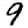
Digit: 9